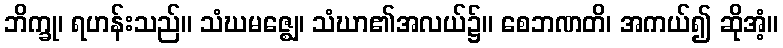
ဘိက္ခု၊ ရဟန်းသည်။ သံဃမဇ္ဈေ၊ သံဃာ၏အလယ်၌။ စေဘဏတိ၊ အကယ်၍ ဆိုအံ့။